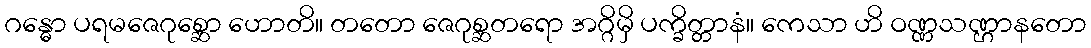
ဂန္ဓော ပရမဇေဂုစ္ဆော ဟောတိ။ တတော ဇေဂုစ္ဆတရော အဂ္ဂိမှိ ပက္ခိတ္တာနံ။ ကေသာ ဟိ ဝဏ္ဏသဏ္ဌာနတော